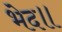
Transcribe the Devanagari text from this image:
भेद॥